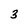
Character: 3